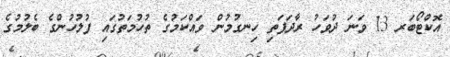
އޮކްޓޯބަރ 13 ވަނަ ދުވަހު ރާދަފަތި ހިނގުމުން ވައްކަމުގެ ތުހުމަތުގައި ފުލުހުންގެ ބެލުމުގެ